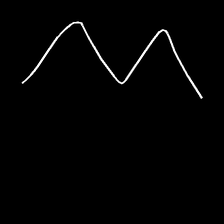
Glyph: crush